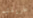
طريقتهم